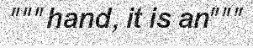
"""hand, it is an"""